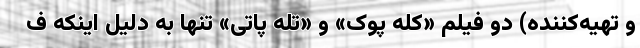
و تهیه‌کننده) دو فیلم «کله پوک» و «تله پاتی» تنها به دلیل اینکه ف